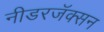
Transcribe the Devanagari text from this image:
नीडरजॅक्सन